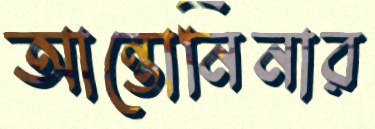
আন্তোনিনার